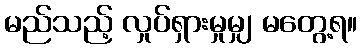
မည်သည့် လှုပ်ရှားမှုမျှ မတွေ့ရ။